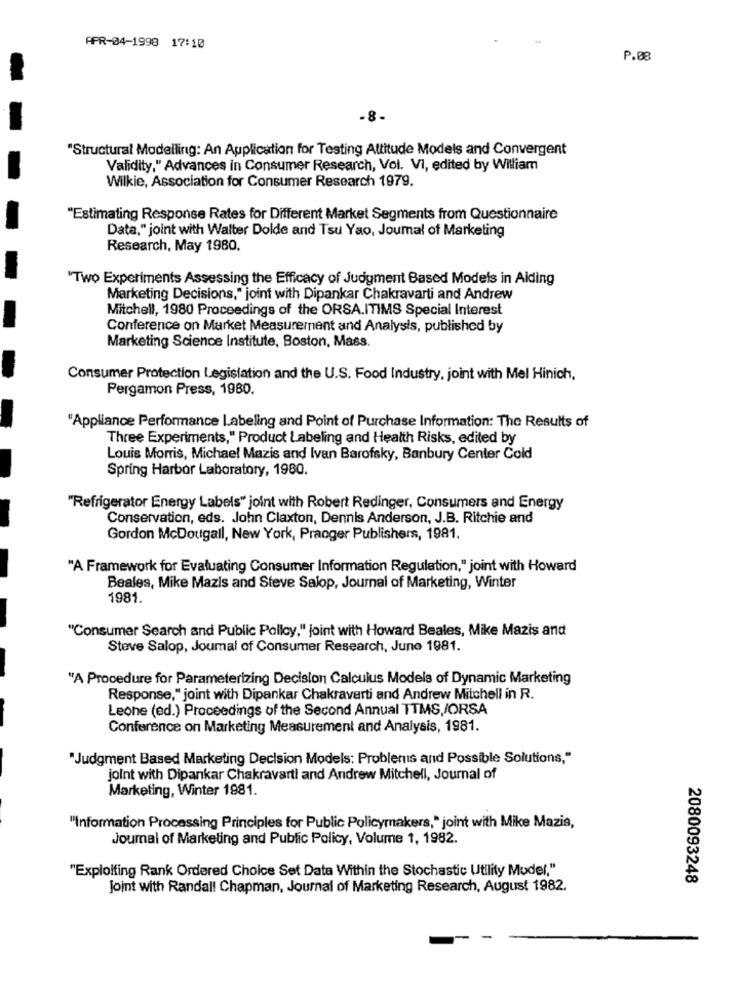
APR-04-1998 17:10
P.08
.8-
"Structural Modelling: An Application for Testing Attitude Models and Convergent
Validity," Advances in Consumer Research, Vol. VI, edited by William
Wilkie, Association for Consumer Research 1979.
"Estimating Response Rates for Different Market Segments from Questionnaire
Data," joint with Walter Dolde and Tsu Yao, Journal of Marketing
Research, May 1980.
'Two Experiments Assessing the Efficacy of Judgment Based Models in Alding
Marketing Decisions," joint with Dipankar Chakravarti and Andrew
Mitchell, 1980 Proceedings of the ORSA.ITIMS Special Interest
Conference on Market Measurement and Analysis, published by
Marketing Science Institute, Boston, Mass.
Consumer Protection Legislation and the U.S. Food Industry, joint with Mel Hinich,
Pergamon Press, 1980.
"Appliance Performance Labeling and Point of Purchase Information: The Results of
Three Experiments," Product Labeling and Health Risks, edited by
Louis Morris, Michael Mazis and Ivan Barofsky, Banbury Center Cold
Spring Harbor Laboratory, 1980.
"Refrigerator Energy Labels" joint with Robert Redinger, Consumers and Energy
Conservation, eds. John Claxton, Dennis Anderson, J.B. Ritchie and
Gordon McDougall, New York, Pranger Publishers, 1981.
"A Framework for Evaluating Consumer Information Regulation," joint with Howard
Beales, Mike Mazis and Steve Salop, Journal of Marketing, Winter
1981.
"Consumer Search and Public Policy," joint with Howard Beales, Mike Mazis and
Steve Salop, Journal of Consumer Research, June 1981.
"A Procedure for Parameterizing Decision Calculus Models of Dynamic Marketing
Response," joint with Dipankar Chakravarti and Andrew Mitchell in R.
Leone (ed.) Proceedings of the Second Annual TTMS,JORSA
Conference on Marketing Measurement and Analysis, 1981.
"Judgment Based Marketing Decision Models: Problems and Possible Solutions,"
joint with Dipankar Chakravart! and Andrew Mitchell, Journal of
Marketing, Winter 1981.
"Information Processing Principles for Public Policymakers," joint with Mike Mazis,
Journal of Marketing and Public Policy, Volume 1, 1982.
"Exploiting Rank Ordered Choice Set Data Within the Stochastic Utility Model."
2080093248
joint with Randall Chapman, Journal of Marketing Research, August 1982.